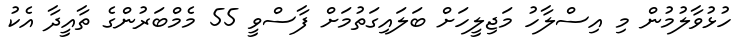
ހުޅުވާލުމުން މި އިސްލާހު މަޖިލީހަށް ބަލައިގަތުމަށް ފާސްވީ 55 މެމްބަރުންގެ ތާއީދާ އެކު